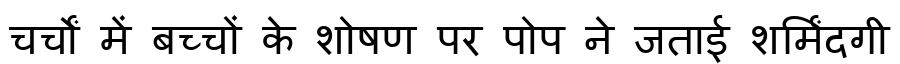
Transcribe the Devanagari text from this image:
चर्चों में बच्चों के शोषण पर पोप ने जताई शर्मिंदगी